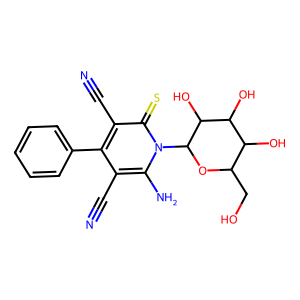
SMILES: N#Cc1c(-c2ccccc2)c(C#N)c(=S)n(C2OC(CO)C(O)C(O)C2O)c1N
Inhibits HIV replication: No